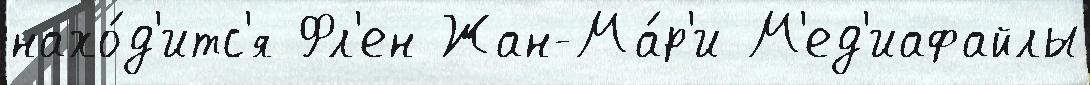
нахо́д'итс'я Фл'ен Жан-Ма́р'и М'ед'иафайлы